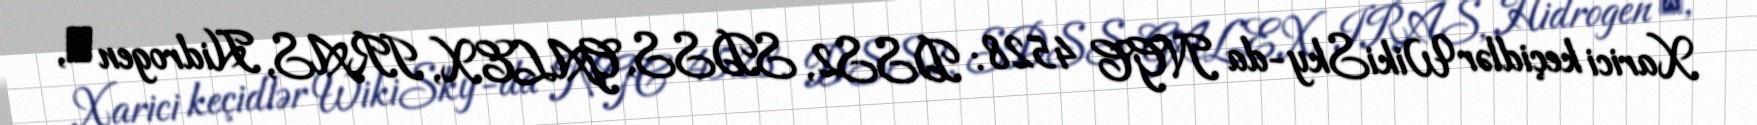
Xarici keçidlər WikiSky-da NGC 4528: DSS2, SDSS, GALEX, IRAS, Hidrogen α,